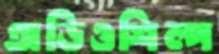
অডিওশিল্প